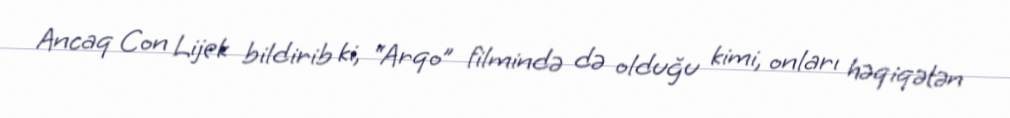
Ancaq Con Lijek bildirib ki, “Arqo” filmində də olduğu kimi, onları həqiqətən